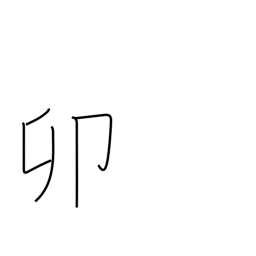
Meaning: fourth sign of Chinese zodiac